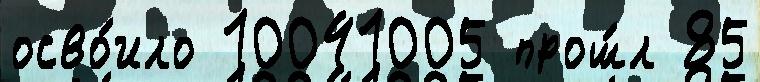
осво́ило 10041005 прош́л 85